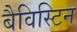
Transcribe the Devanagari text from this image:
बैविस्टिन